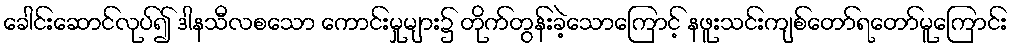
ခေါင်းဆောင်လုပ်၍ ဒါနသီလစသော ကောင်းမှုများ၌ တိုက်တွန်းခဲ့သောကြောင့် နဖူးသင်းကျစ်တော်ရတော်မူကြောင်း